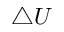
\bigtriangleup U